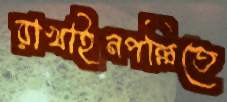
রাখাইনপল্লিতে